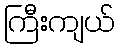
ကြီးကျယ်